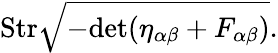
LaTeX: \mathrm{Str}\sqrt{-\mathrm{det}(\eta_{\alpha\beta}+F_{\alpha\beta})}.